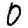
Digit: 0